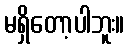
မရှိတော့ပါဘူး။